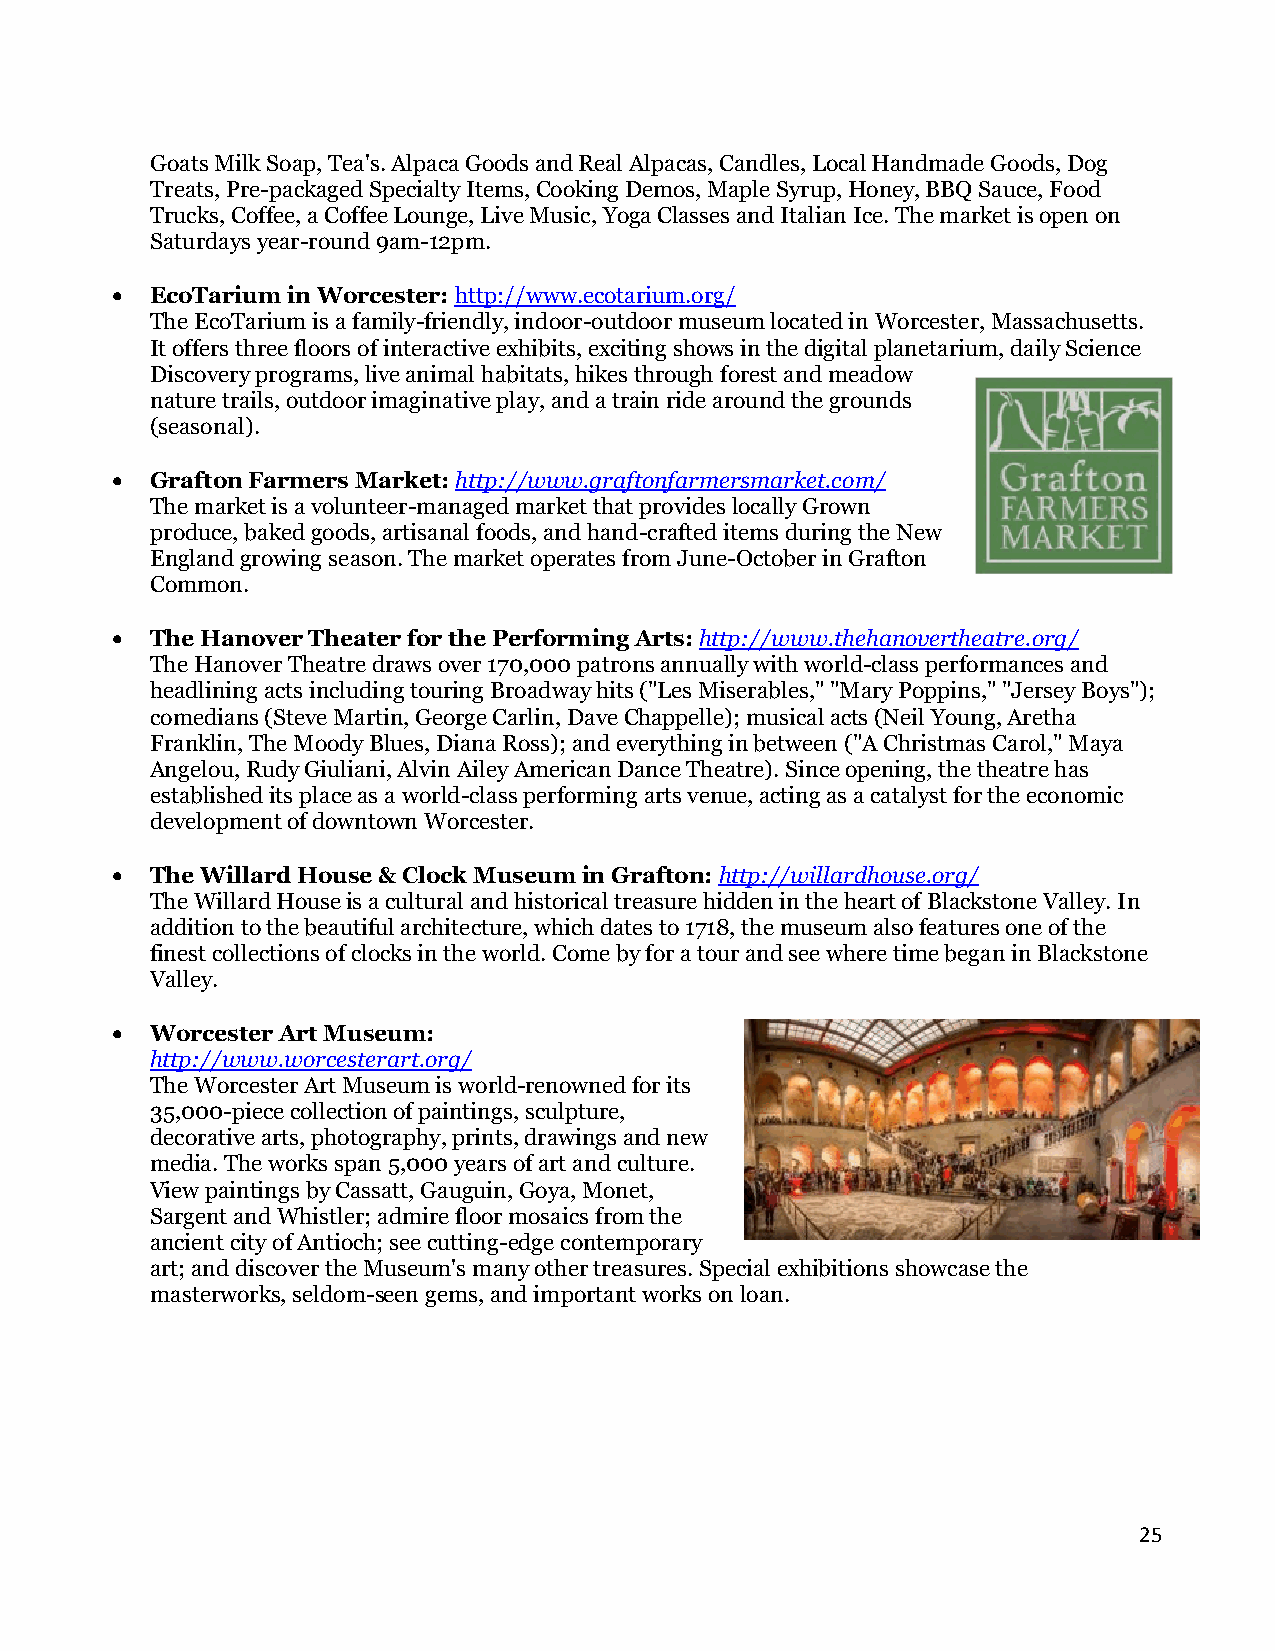
Goats Milk Soap, Tea's. Alpaca Goods and Real Alpacas, Candles, Local Handmade Goods, Dog
 Treats, Pre-packaged Specialty Items, Cooking Demos, Maple Syrup, Honey, BBQ Sauce, Food
 Trucks, Coffee, a Coffee Lounge, Live Music, Yoga Classes and Italian Ice. The market is open on
 Saturdays year-round 9am-12pm.
 •  EcoTarium in Worcester: http://www.ecotarium.org/
 The EcoTarium is a family-friendly, indoor-outdoor museum located in Worcester, Massachusetts.
 It offers three floors of interactive exhibits, exciting shows in the digital planetarium, daily Science
 Discovery programs, live animal habitats, hikes through forest and meadow
 nature trails, outdoor imaginative play, and a train ride around the grounds
 (seasonal).
 •  Grafton Farmers Market: http://www.graftonfarmersmarket.com/
 The market is a volunteer-managed market that provides locally Grown
 produce, baked goods, artisanal foods, and hand-crafted items during the New
 England growing season. The market operates from June-October in Grafton
 Common.
 •  The Hanover Theater for the Performing Arts: http://www.thehanovertheatre.org/
 The Hanover Theatre draws over 170,000 patrons annually with world-class performances and
 headlining acts including touring Broadway hits ("Les Miserables," "Mary Poppins," "Jersey Boys");
 comedians (Steve Martin, George Carlin, Dave Chappelle); musical acts (Neil Young, Aretha
 Franklin, The Moody Blues, Diana Ross); and everything in between ("A Christmas Carol," Maya
 Angelou, Rudy Giuliani, Alvin Ailey American Dance Theatre). Since opening, the theatre has
 established its place as a world-class performing arts venue, acting as a catalyst for the economic
 development of downtown Worcester.
 •  The Willard House & Clock Museum in Grafton: http://willardhouse.org/
 The Willard House is a cultural and historical treasure hidden in the heart of Blackstone Valley. In
 addition to the beautiful architecture, which dates to 1718, the museum also features one of the
 finest collections of clocks in the world. Come by for a tour and see where time began in Blackstone
 Valley.
 •  Worcester Art Museum:
 http://www.worcesterart.org/
 The Worcester Art Museum is world-renowned for its
 35,000-piece collection of paintings, sculpture,
 decorative arts, photography, prints, drawings and new
 media. The works span 5,000 years of art and culture.
 View paintings by Cassatt, Gauguin, Goya, Monet,
 Sargent and Whistler; admire floor mosaics from the
 ancient city of Antioch; see cutting-edge contemporary
 art; and discover the Museum's many other treasures. Special exhibitions showcase the
 masterworks, seldom-seen gems, and important works on loan.
 25